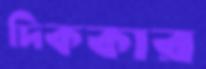
দিককার